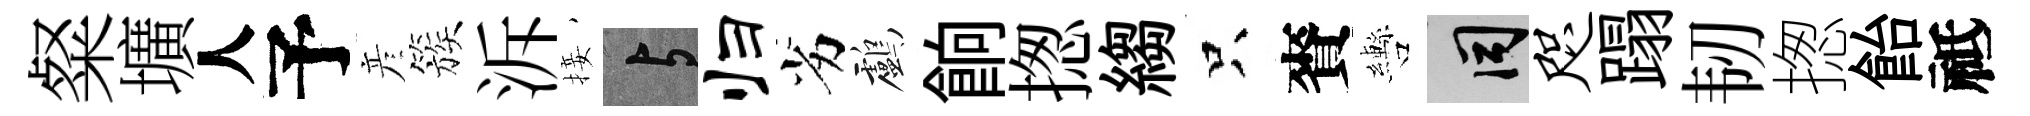
粲壙人予彦簇泝接与归劣鸕餉揔縐只賚轡间咫蹋韧揔飴祗